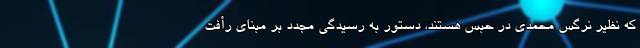
که نظیر نرگس محمدی در حبس هستند، دستور به رسیدگی مجدد بر مبنای رأفت